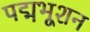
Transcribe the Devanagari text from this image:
पद्मभूशन